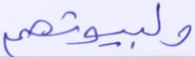
ولبيوتهم